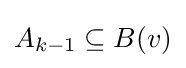
A_{k-1}\subseteq B(v)